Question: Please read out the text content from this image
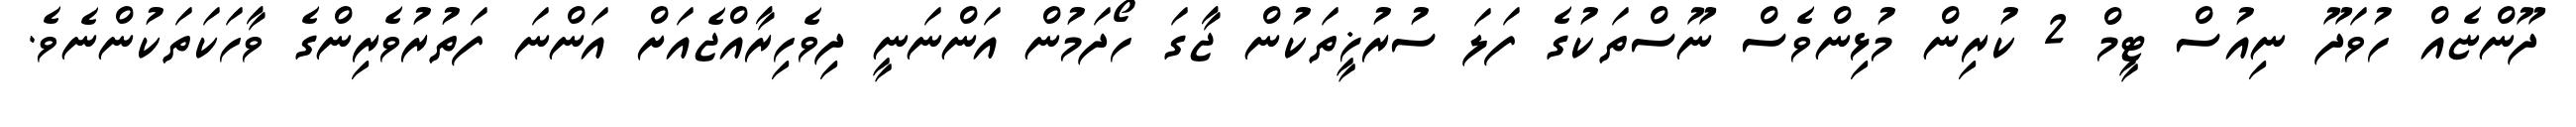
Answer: ދޫންޏެއް ހުވަދޫ ނިއުސް ޓީމް 2 ކުރިން މުޅިންވެސް ނޫސްތަކުގެ ފަލަ ސުރުޚީތަކުން ޖާގަ ހޯދަމުން އަންނަނީ ދިވެހިރާއްޖެއަށް އަންނަ ފަތުރުވެރިންގެ ވާހަކަތަކުންނެވެ.